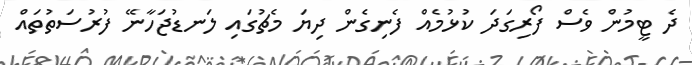
ދެ ޓީމުން ވެސް ފޯރިގަދަ ކުޅުމެއް ފެނިގެން ދިޔަ މެޗުގައި ލަނޑުޖަހާނޭ ފުރުސަތުތައް